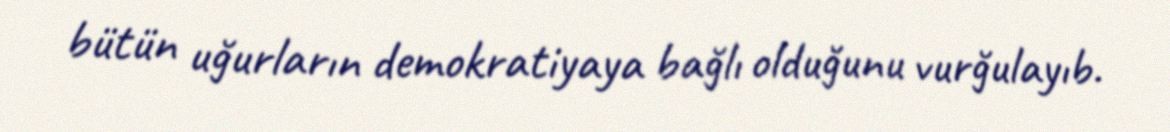
bütün uğurların demokratiyaya bağlı olduğunu vurğulayıb.